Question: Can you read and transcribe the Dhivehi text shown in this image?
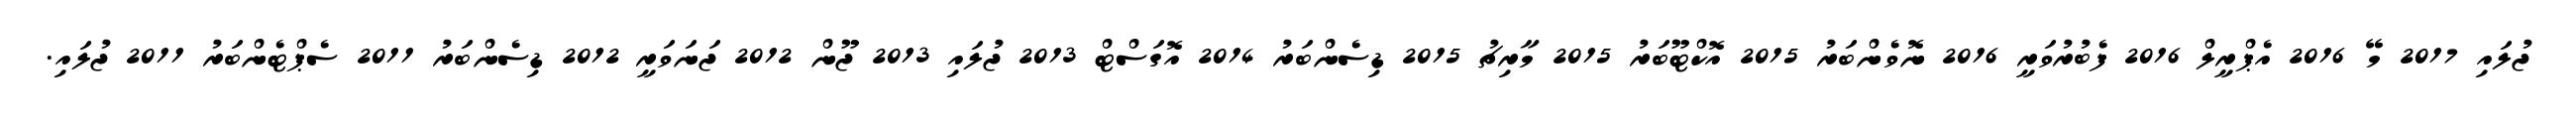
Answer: ޖުލައި 2017 މޭ 2016 އެޕްރީލް 2016 ފެބުރުވަރީ 2016 ނޮވެންބަރު 2015 އޮކްޓޫބަރު 2015 މާރިޗު 2015 ޑިސެންބަރު 2014 އޮގަސްޓް 2013 ޖުލައި 2013 ޖޫން 2012 ޖަނަވަރީ 2012 ޑިސެންބަރު 2011 ސެޕްޓެންބަރު 2011 ޖުލައި.